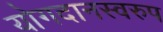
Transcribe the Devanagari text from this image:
योगदानस्वरुप